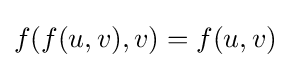
f(f(u,v),v)=f(u,v)